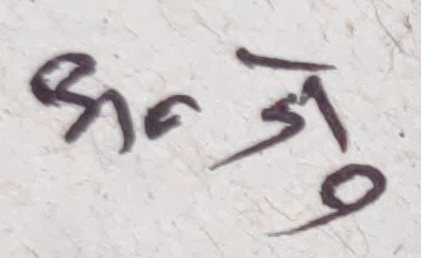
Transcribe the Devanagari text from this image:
श्रद्धा जु ९